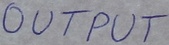
Text: OUTPUT